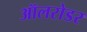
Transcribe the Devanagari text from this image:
ऑलरोडर